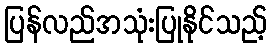
ပြန်လည်အသုံးပြုနိုင်သည့်